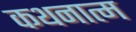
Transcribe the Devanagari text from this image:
कथनात्म